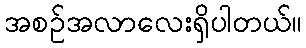
အစဉ်အလာလေးရှိပါတယ်။